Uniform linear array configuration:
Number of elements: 16
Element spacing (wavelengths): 1
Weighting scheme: exponential
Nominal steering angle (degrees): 0
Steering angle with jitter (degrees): -1.739
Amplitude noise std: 0.05
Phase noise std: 0.05

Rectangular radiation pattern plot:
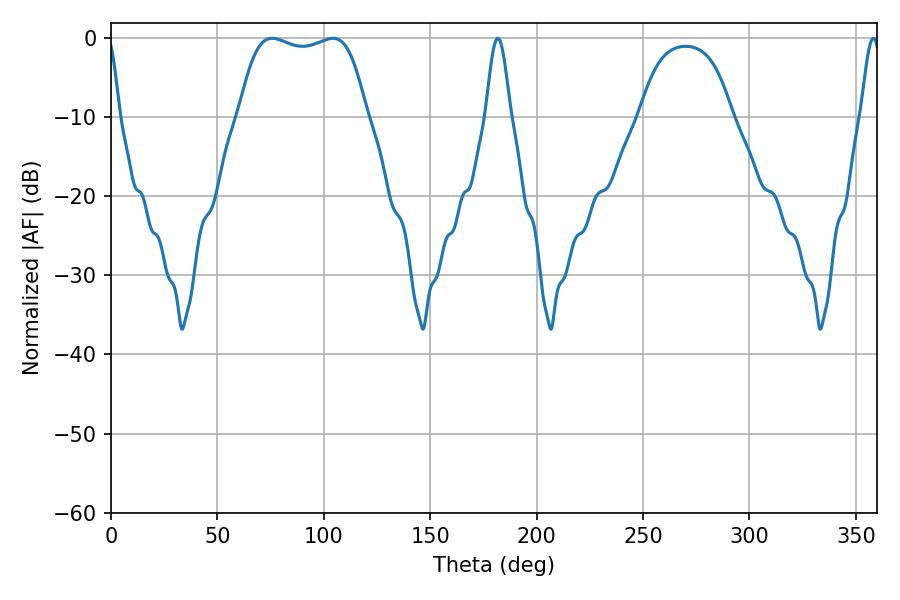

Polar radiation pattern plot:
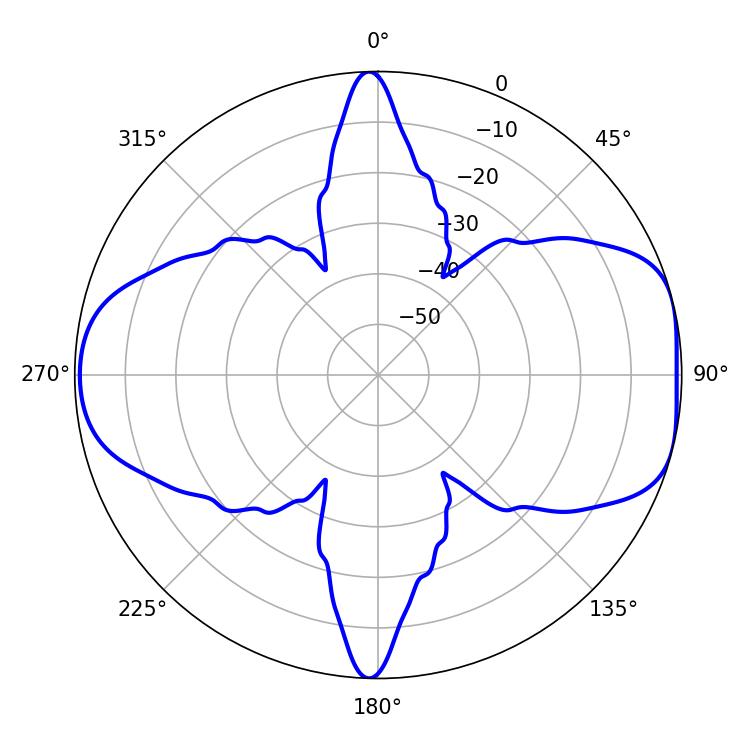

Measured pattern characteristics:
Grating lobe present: TRUE
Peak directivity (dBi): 7.579
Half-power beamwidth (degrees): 47.52
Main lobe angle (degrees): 75.78